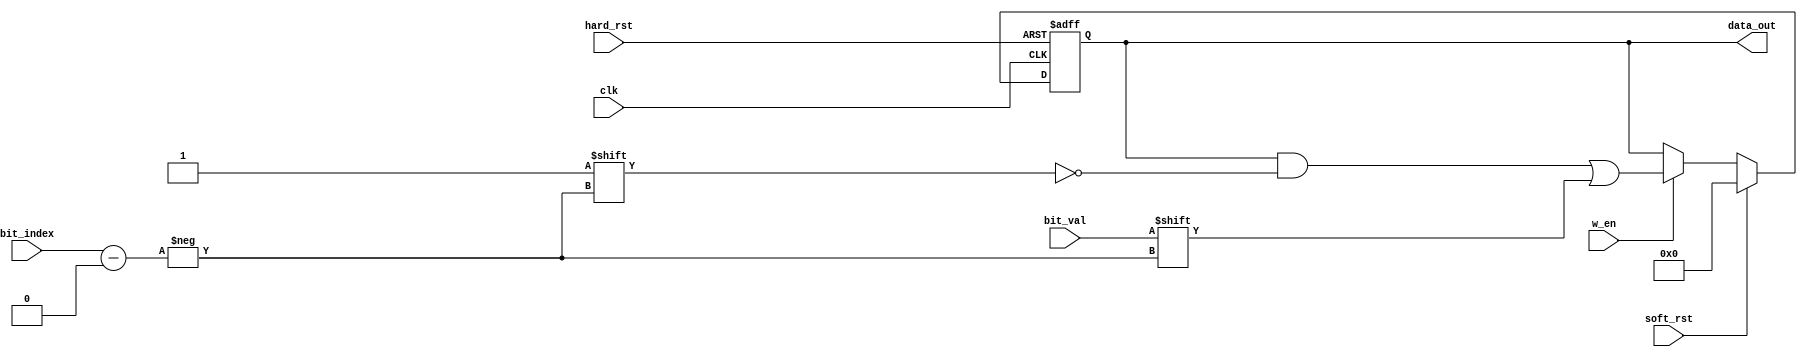
module Rx_data_reg #(parameter width=8)(input clk,
input hard_rst,
input soft_rst,
input w_en,
input [2:0] bit_index,
input bit_val,
output reg [width-1 : 0] data_out
    );
	 
	always @(posedge clk, posedge hard_rst)begin
		if(hard_rst) begin
			data_out <= 'd0;
		end 
		else if(soft_rst)begin
			data_out <= 'd0;
		end
		else begin
			if(w_en)begin
				data_out [bit_index] <= bit_val;
			end
			else begin
				data_out <= data_out;
			end	
		end
	end


endmodule